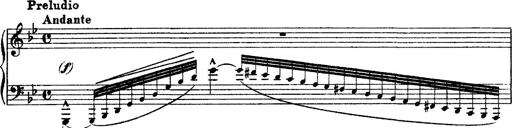
Title: Ã‰tudes d'exÃ©cution transcendante d'aprÃ¨s Paganini
Composer: Franz Liszt